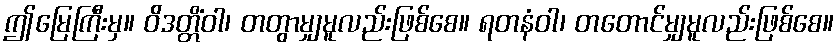
ဤမြေကြီးမှ။ ဝိဒတ္တိံဝါ၊ တတွာမျှမူလည်းဖြစ်စေ။ ရတနံဝါ၊ တတောင်မျှမူလည်းဖြစ်စေ။